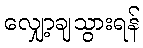
လျှော့ချသွားရန်